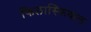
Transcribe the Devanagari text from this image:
फिलास्फिकल